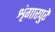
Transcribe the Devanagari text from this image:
शृंगारपुरे